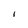
Character: I